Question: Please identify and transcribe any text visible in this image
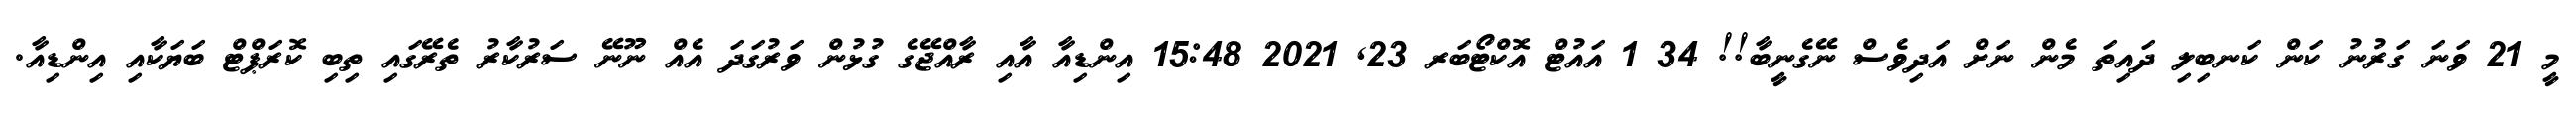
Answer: މީ 21 ވަނަ ގަރުނު ކަން ކަނބިލި ދައިތަ މެން ނަށް އަދިވެސް ނޭގެނީބާ!! 34 1 އައުޓް އޮކްޓޯބަރ 23, 2021 15:48 އިންޑިއާ އާއި ރާއްޖޭގެ ގުޅުން ވަރުގަދަ އެއް ނޫނޭ ސަރުކާރު ތެރޭގައި ތިބި ކޮރަޕްޓް ބަޔަކާއި އިންޑިއާ.